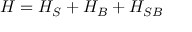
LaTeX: H = H _ { S } + H _ { B } + H _ { S B }